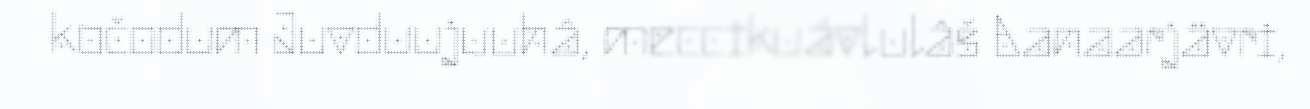
kočodum Juvduujuuhâ, meccikuávlulâš Aanaarjävri,